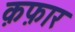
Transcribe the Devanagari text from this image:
क़फ़ार